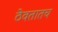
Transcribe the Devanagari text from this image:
ठेवतातच